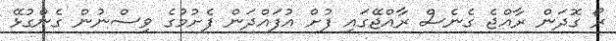
ރޯ ގޮދަން ރާއްޖެ ގެނެސް ރާއްޖޭގައި ފުށް އުފައްދަން ފެށުމުގެ ވިސްނުން ގެންގުޅޭ